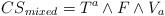
LaTeX: \begin{align*}{CS}_{mixed} = T^a \wedge F\wedge V_a\end{align*}